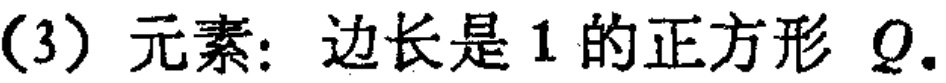
(3) 元素: 边长是 1 的正方形 \(Q\).